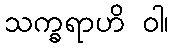
သက္ခရာဟိ ဝါ၊